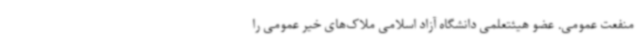
منفعت عمومی. عضو هیئتعلمی دانشگاه آزاد اسلامی ملاک‌های خیر عمومی را